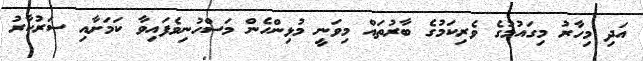
އަދި މިހާރު މިގައުމުގެ ވެރިކަމުގެ ބާރުތައް މިވަނީ މުޅިންހެން މަސްހުނިވެފައިވާ ކަމަށާއި ސަރުކާރު